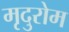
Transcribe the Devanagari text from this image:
मृदुरोम